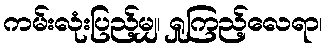
ကမ်းလုံးပြည့်မျှ၊ ရှုကြည့်လေရာ၊